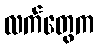
လက်တွေက